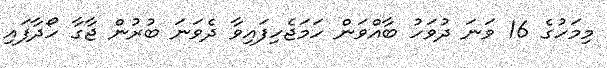
މިމަހުގެ 16 ވަނަ ދުވަހު ބާއްވަން ހަމަޖެހިފައިވާ ދެވަނަ ބުރުން ޖާގާ ހޯދާފައި